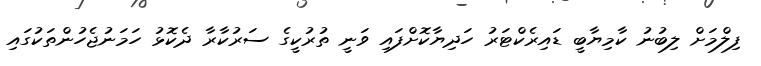
ފިލްމަށް ލިބުނު ކާމިޔާބީ ޑައިރެކްޓަރު ހަދިޔާކޮށްފައި ވަނީ ތުރުކީގެ ސަރުކާރާ ދެކޮޅު ހަމަނުޖެހުންތަކުގައި